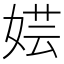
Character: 𫰼